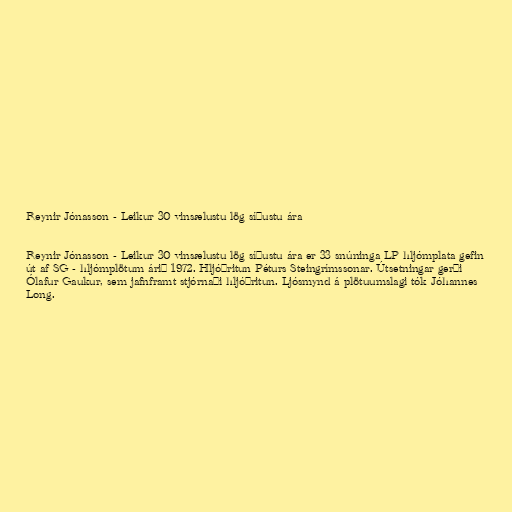
Reynir Jónasson - Leikur 30 vinsælustu lög síðustu ára

Reynir Jónasson - Leikur 30 vinsælustu lög síðustu ára er 33 snúninga LP hljómplata gefin
út af SG - hljómplötum árið 1972. Hljóðritun Péturs Steingrímssonar. Útsetningar gerði
Ólafur Gaukur, sem jafnframt stjórnaði hljóðritun. Ljósmynd á plötuumslagi tók Jóhannes
Long.